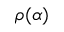
\rho ( \alpha )